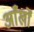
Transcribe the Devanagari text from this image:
अाँखों